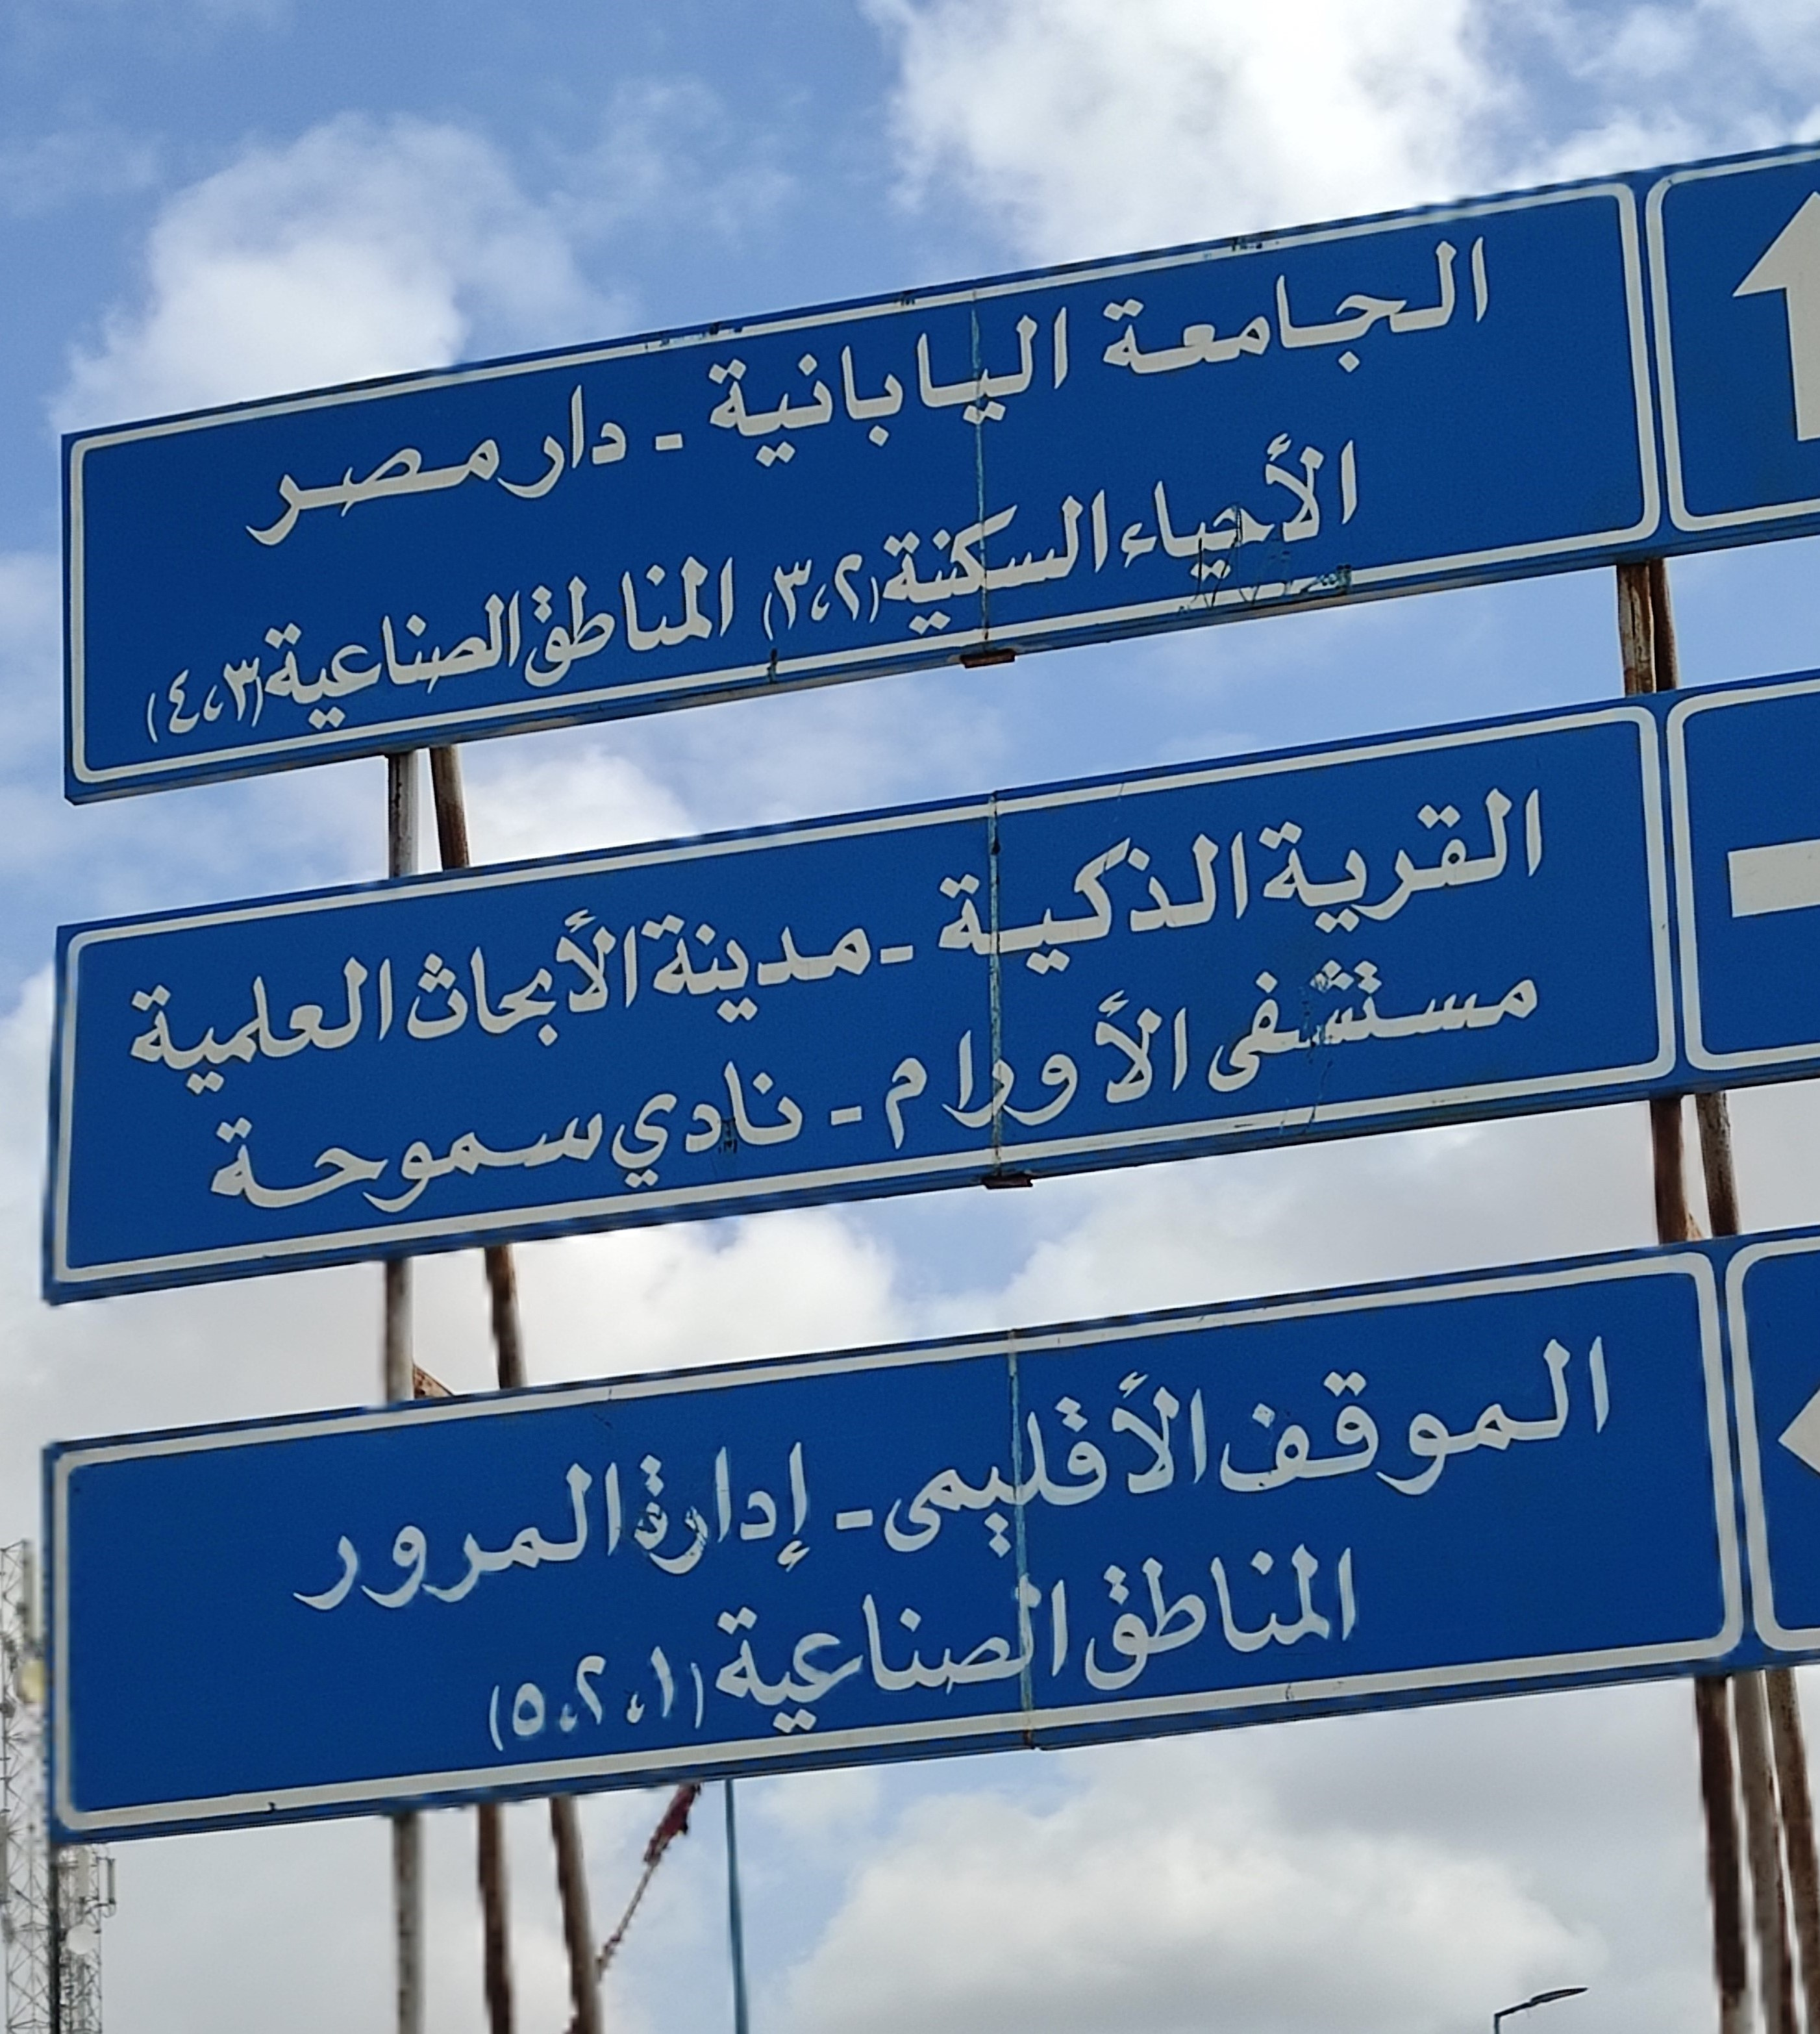
Text in image: الجامعة اليابانية دار مصر الأحياء السكنية (2،3) المناطق الصناعية (3،4) القرية الذكية مدينة الأبحاث مستشفى العلمية الأورام نادي سموحة الموقف الأقليمى المناطق الصناعية (1،2،5) إدارة المرور